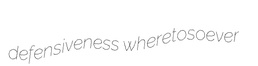
defensiveness wheretosoever